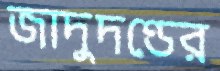
জাদুদণ্ডের